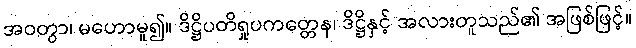
အဝတွာ၊ မဟောမူ၍။ ဒိဋ္ဌိပတိရှုပကတ္တေန၊ ဒိဋ္ဌိနှင့် အလားတူသည်၏ အဖြစ်ဖြင့်။